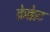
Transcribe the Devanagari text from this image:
क्रेक्केट